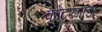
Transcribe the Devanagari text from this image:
कोटरंगाडा